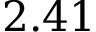
2 . 4 1